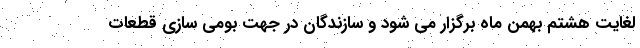
لغایت هشتم بهمن ماه برگزار می شود و سازندگان در جهت بومی سازی قطعات